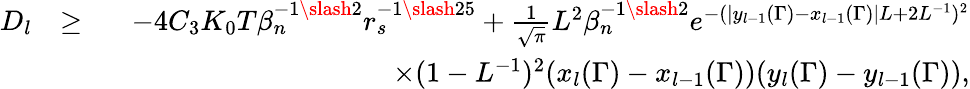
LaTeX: \begin{array}{rlr}{D_{l}}&{\geq}&{-4C_{3}K_{0}T\beta_{n}^{-1\slash 2}r_{s}^{-1\slash 25}+\frac{1}{\sqrt{\pi}}L^{2}\beta_{n}^{-1\slash 2}e^{-(|y_{l-1}(\Gamma)-x_{l-1}(\Gamma)|L+2L^{-1})^{2}}}\\ &{}&{\quad\quad\quad\quad\quad\quad\quad\quad\quad\quad\times(1-L^{-1})^{2}(x_{l}(\Gamma)-x_{l-1}(\Gamma))(y_{l}(\Gamma)-y_{l-1}(\Gamma)),}\end{array}